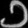
Digit: ၁